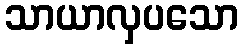
သာယာလှပသော